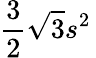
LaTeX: {\frac{3}{2}}{\sqrt{3}}s^{2}\,